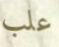
علب